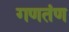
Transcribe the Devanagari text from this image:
गणतंण